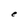
Character: e